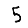
Digit: 5